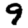
Digit: 9